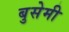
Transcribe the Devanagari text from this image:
बुसेमी